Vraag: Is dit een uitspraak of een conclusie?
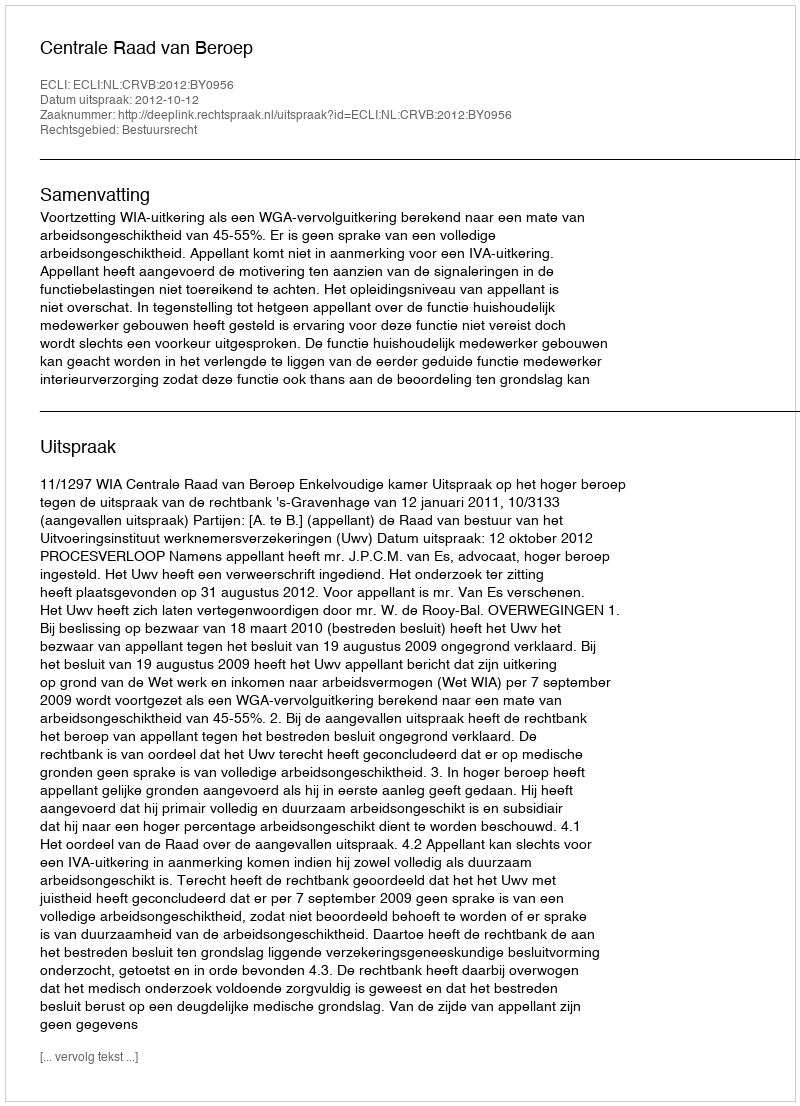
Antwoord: Uitspraak